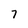
Character: 7